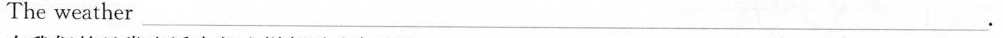
The weather___.